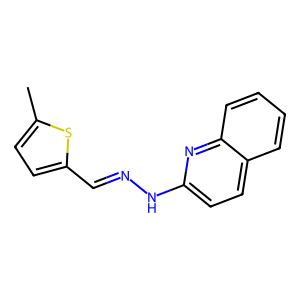
SMILES: Cc1ccc(C=NNc2ccc3ccccc3n2)s1
Inhibits HIV replication: No